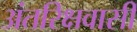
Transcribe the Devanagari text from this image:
अंतरिक्षवासी